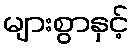
များစွာနှင့်